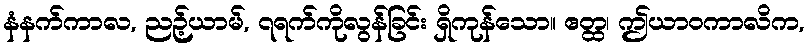
နံနက်ကာလ, ညဉ့်ယာမ်, ၇ရက်ကိုလွန်ခြင်း ရှိကုန်သော။ ဧတ္ထ၊ ဤယာဝကာလိက,